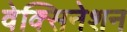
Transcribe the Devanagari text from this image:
वेक्सिनेशन